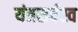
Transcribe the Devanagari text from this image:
यंत्रसर्वस्व